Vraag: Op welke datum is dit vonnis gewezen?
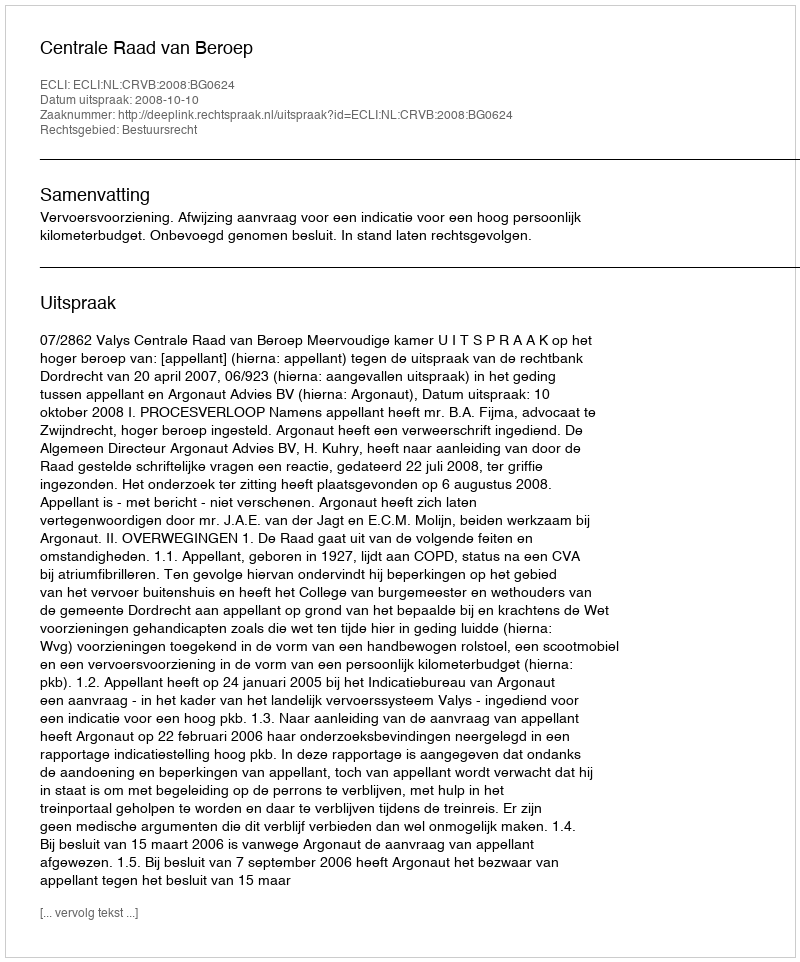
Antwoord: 2008-10-10